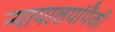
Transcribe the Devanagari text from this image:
न्यायालयांपैकी